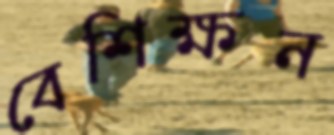
বেশিক্ষন